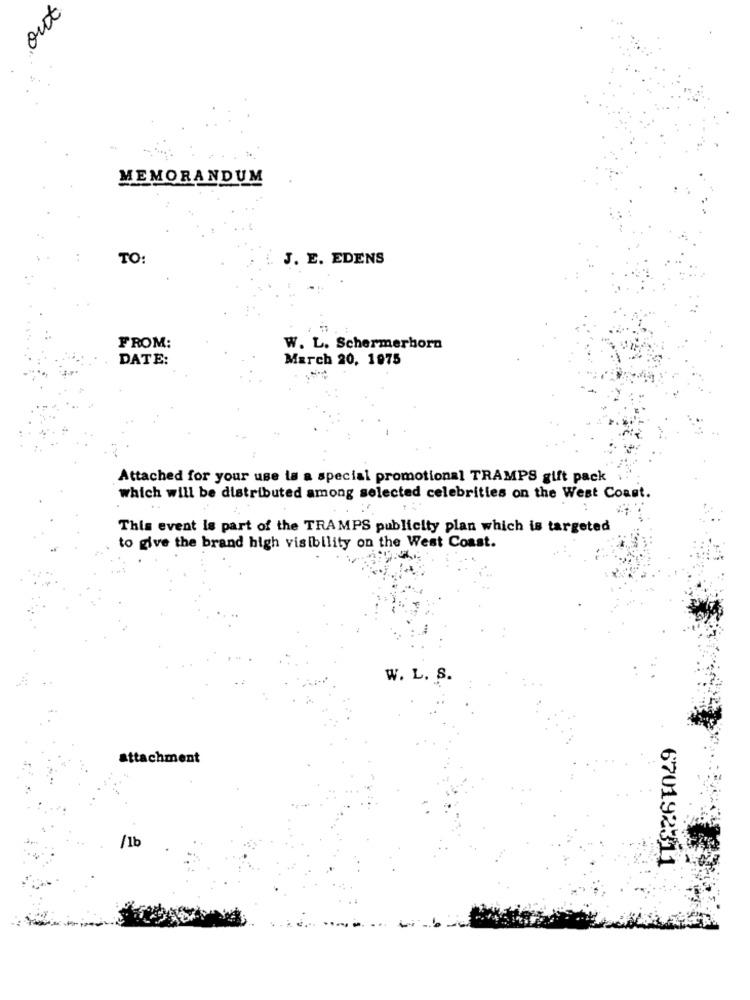
out
MEMORANDUM
TO:
J. E. EDENS
FROM:
W. L. Schermerhorn
DATE:
March 20, 1975
Attached for your use la a special promotional TRAMPS gift pack
which will be distributed among selected celebrities on the West Coast.
This event is part of the TRAMPS publicity plan which is targeted
to give the brand high visibility on the West Coast.
W. L. S.
attachment
/1b
670192311